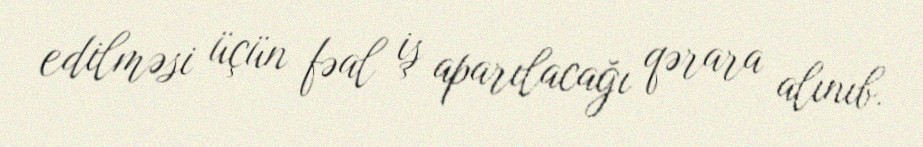
edilməsi üçün fəal iş aparılacağı qərara alınıb.